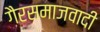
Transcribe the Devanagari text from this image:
गैरसमाजवादी